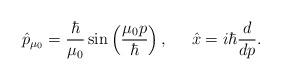
LaTeX: \begin{align*}\hat{p}_{\mu_{0}}=\frac{\hbar}{\mu_{0}}\sin\left( \frac{\mu_{0}{p}}{\hbar}\right), \;\;\;\;\; \hat{x}=i\hbar\frac{d}{dp}.\end{align*}